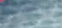
القبطان